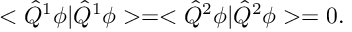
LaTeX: < \hat { Q } ^ { 1 } \phi | \hat { Q } ^ { 1 } \phi > = < \hat { Q } ^ { 2 } \phi | \hat { Q } ^ { 2 } \phi > = 0 .